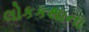
લોકકથાના